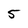
Character: 5